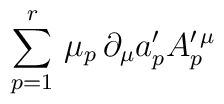
\sum_{p=1}^r\, \mu_p\, \partial_{\mu} a'_p A^{\prime\, \mu}_p